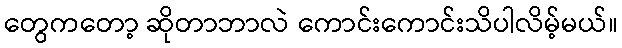
တွေကတော့ ဆိုတာဘာလဲ ကောင်းကောင်းသိပါလိမ့်မယ်။